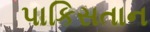
પાકિસતાન